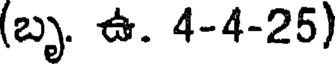
(బృ. ఉ. 4-4-25)